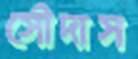
সৌদাস